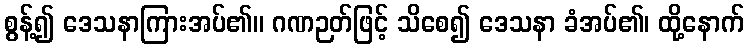
စွန့်၍ ဒေသနာကြားအပ်၏။ ဂဏဉတ်ဖြင့် သိစေ၍ ဒေသနာ ခံအပ်၏၊ ထို့နောက်